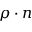
\rho \cdot n